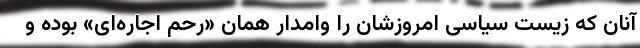
آنان که زیست سیاسی امروزشان را وامدار همان «رحم اجاره‌ای» بوده و